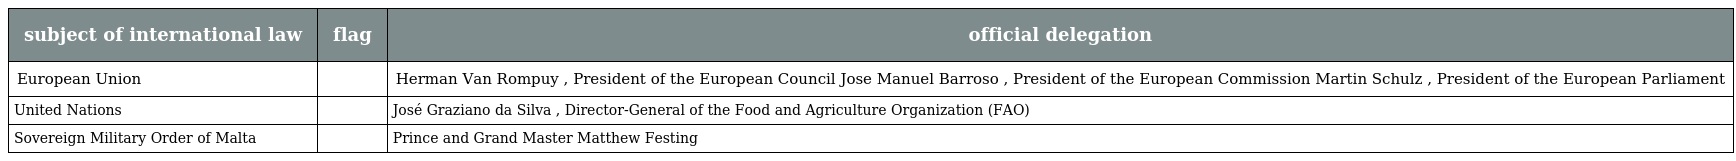
| subject of international law | flag | official delegation |
 | --- | --- | --- |
 | European Union |  | Herman Van Rompuy , President of the European Council Jose Manuel Barroso , President of the European Commission Martin Schulz , President of the European Parliament |
 | United Nations |  | José Graziano da Silva , Director-General of the Food and Agriculture Organization (FAO) |
 | Sovereign Military Order of Malta |  | Prince and Grand Master Matthew Festing |